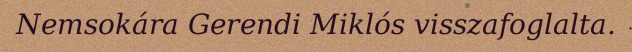
Nemsokára Gerendi Miklós visszafoglalta.